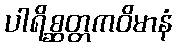
ပါရိစ္ဆတ္တကဝိမာနံ